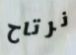
نرتاح